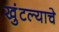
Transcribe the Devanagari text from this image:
खुंटल्याचे